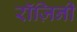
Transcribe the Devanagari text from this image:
रॉज़िनी